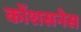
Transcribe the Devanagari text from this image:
कोंशसनेस